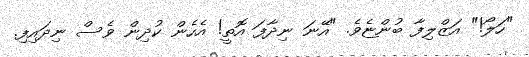
"ހަލޯ!" އަޒްލިފާ ބުންޏެވެ. "އޭނަ ނިދާފަ އޮތީ! އެހެން ކުދިން ވެސް ނިދައިފި.